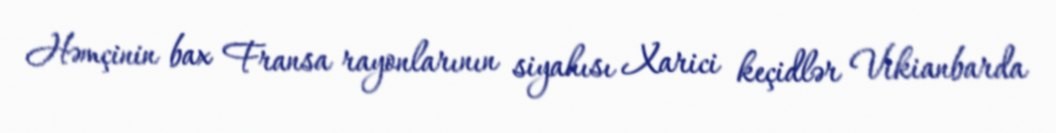
Həmçinin bax Fransa rayonlarının siyahısı Xarici keçidlər Vikianbarda